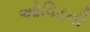
ઓવિડની